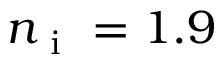
n _ { \mathrm { ~ i ~ } } = 1 . 9